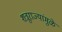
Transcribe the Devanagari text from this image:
शत्रूराज्यांमुळे